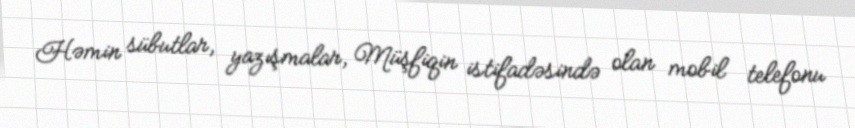
Həmin sübutlar, yazışmalar, Müşfiqin istifadəsində olan mobil telefonu